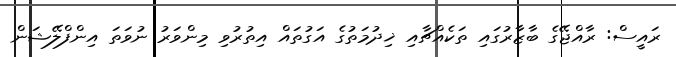
ރައީސް: ރާއްޖޭގެ ބާޒާރުގައި ތަކެއްޗާއި ޚިދުމަތުގެ އަގުތައް އިތުރުވި މިންވަރު ނުވަތަ އިންފްލޭޝަން